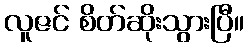
လူဇင် စိတ်ဆိုးသွားပြီ။